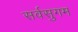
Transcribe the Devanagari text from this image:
सर्वसुगम